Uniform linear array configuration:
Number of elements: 48
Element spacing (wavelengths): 0.5
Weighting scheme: uniform
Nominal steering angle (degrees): -30
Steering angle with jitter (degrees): -30.046
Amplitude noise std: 0.05
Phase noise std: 0.05

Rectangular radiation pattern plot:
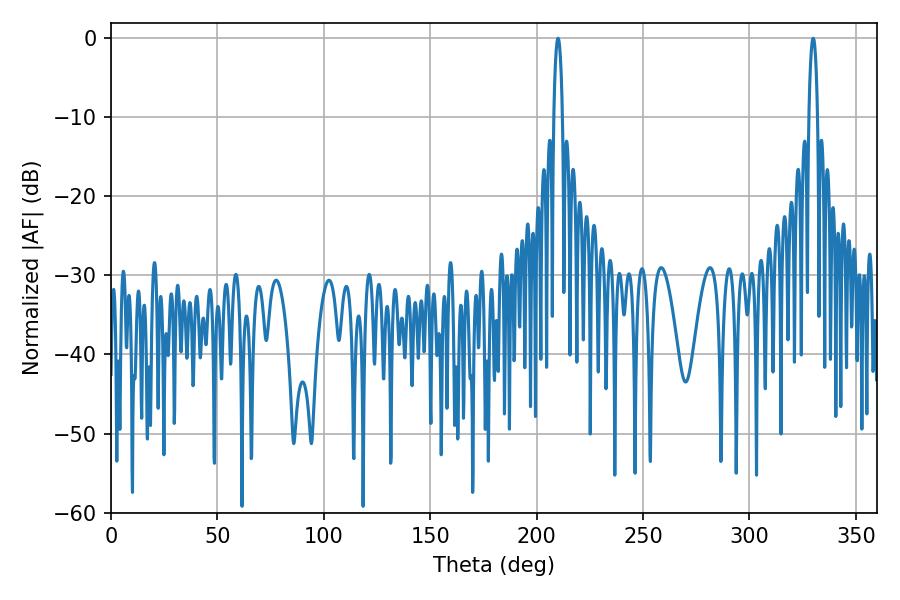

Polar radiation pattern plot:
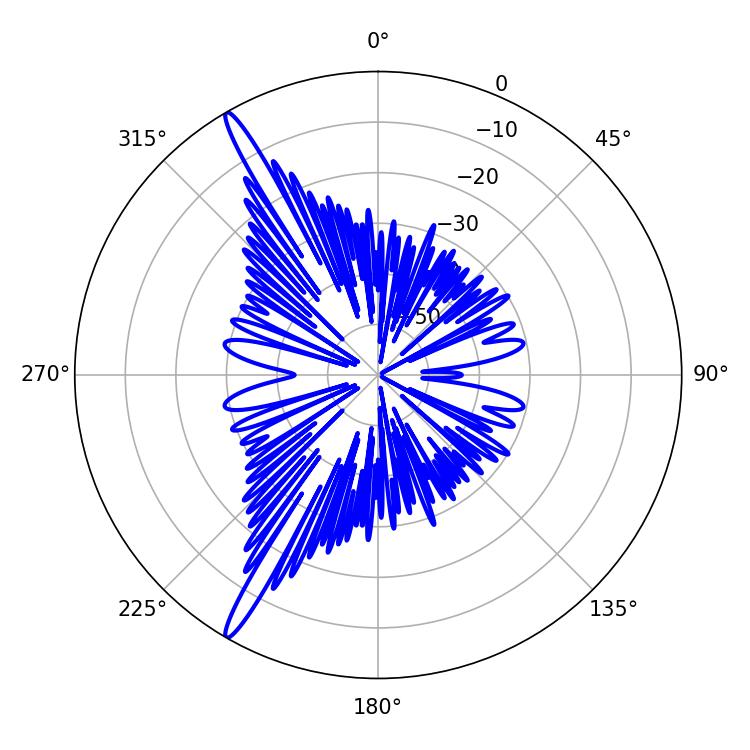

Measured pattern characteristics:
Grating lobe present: FALSE
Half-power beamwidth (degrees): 2.16
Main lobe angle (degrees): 329.94